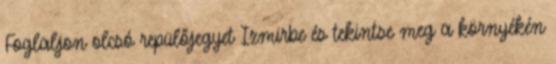
Foglaljon olcsó repülőjegyet Izmirbe és tekintse meg a környékén